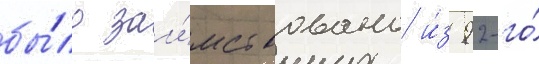
бы́ло заи́мствовано и́з 92-го́